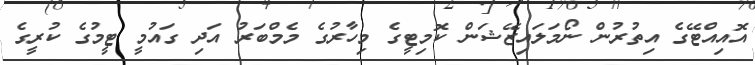
އޮއިއްޓޭގެ އިތުރުން ނޯމަލައިޒޭޝަން ކޮމިޓީގެ މިހާރުގެ މެމްބަރު އަދި ގައުމީ ޓީމުގެ ކުރީގެ